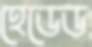
হেডেড